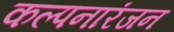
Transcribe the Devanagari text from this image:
कल्पनारंजन